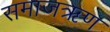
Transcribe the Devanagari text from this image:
समाजऋण